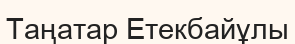
Таңатар Етекбайұлы